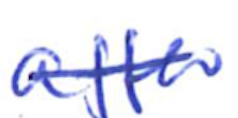
Text: after
Cross-out: single-line
Writing tool: ballpoint